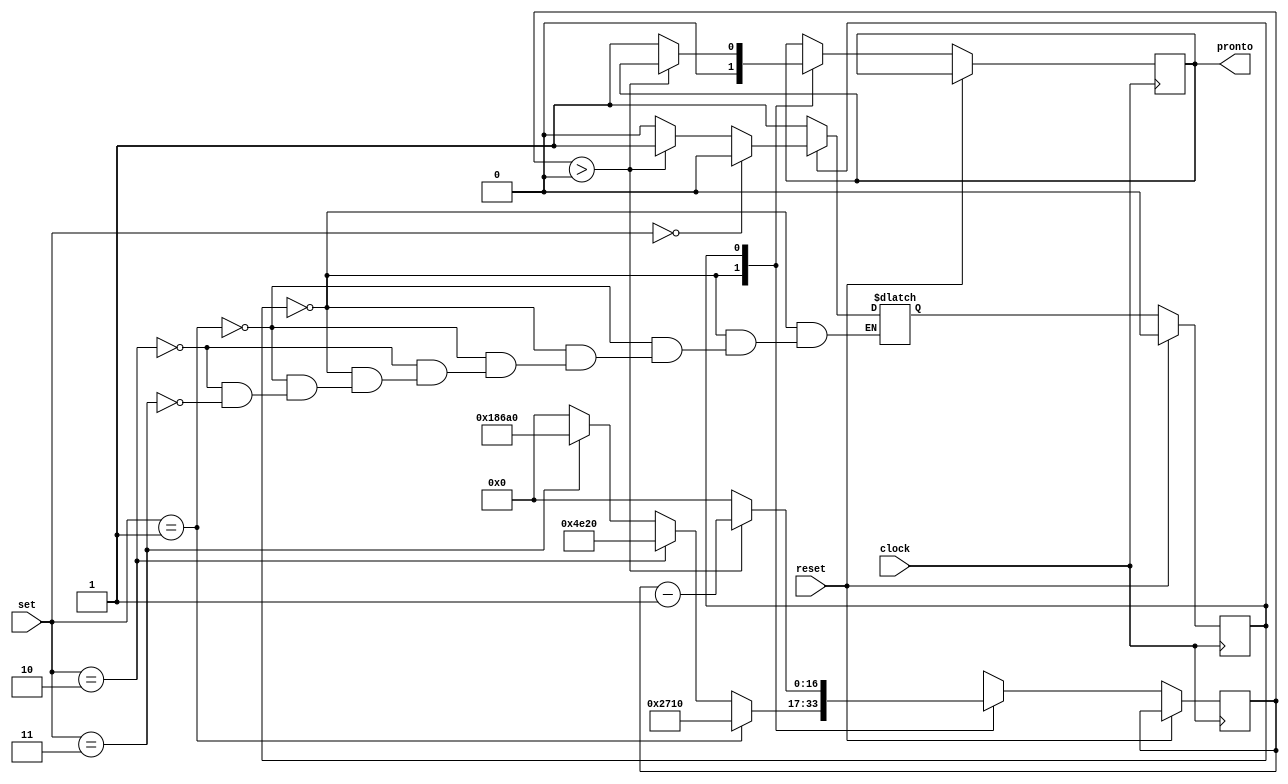
module Timer(clock, reset, set, pronto);

input clock, reset;
input[1:0] set;
output reg pronto;

reg state;
reg next_state;
reg [16:0] timer;

parameter inicio = 1'b0, cont = 1'b1;

always @(*) begin
	case(state)
		inicio:begin
			if(set == 2'b01)begin
				next_state = cont;
			end
			else if(set == 2'b10)begin
				next_state = cont;
			end
			else if(set == 2'b11)begin
				next_state = cont;
			end			
		end
		
		cont:begin
			if(set == 2'b00)
				next_state = inicio;
			else if(timer > 14'b0)begin //comeca contagem
				next_state = cont;
			end
			else begin
				next_state = inicio;
			end
		end

		default:
			next_state = inicio;
	endcase
end

always @(posedge clock) begin
   if(reset) begin
		state <= inicio;
	end
	else begin
		state <= next_state;
		
		case(state)
			inicio:begin
				if(set == 2'b01)begin
					timer <= 10000;	
					pronto <= 1'b0;
				end
				else if(set == 2'b10)begin
					timer <= 20000;
					pronto <= 1'b0;
				end
				else if(set == 2'b11)begin
					timer <= 100000;
					pronto <= 1'b0;
				end			
				else begin
					timer <= 0;
					pronto <= 0;
				end
			end
		
			cont:begin
				if(timer > 14'b0)begin //comeca contagem
					timer <= timer - 1;
				end
				else begin
					pronto <= 1'b1;
					timer <= 0;
				end
			end
		endcase
	end	
end
	
endmodule